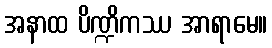
အနာထ ပိဏ္ဍိကဿ အာရာမေ။